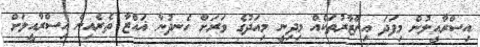
އިސްރާއީލުން މިފަދަ އިންޒާރުތަކެއް މިދިނީ މިއަދުގެ ވަރަށް ހެނދުނާ ޣައްޒާ ތެރެއިން އިސްރާއީލަށް